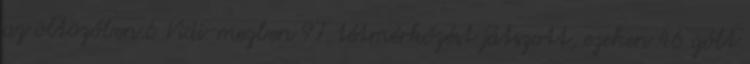
az öltözőben.6 Vidi-mezben 97 tétmérkőzést játszott, ezeken 46 gólt